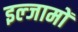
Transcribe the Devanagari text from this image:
इल्जामों